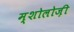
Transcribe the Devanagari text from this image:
म्शोलोज़ी